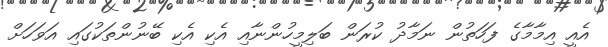
އެއީ އިމާމާގެ ފަހަތުން ނަމާދު ކުރަން ބަލިމީހުންނާއި އެކި އެކި ބޭނުންތަކުގައި އަވަހަށް